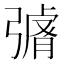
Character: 𭛄